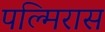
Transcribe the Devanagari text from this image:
पल्मिरास